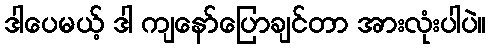
ဒါပေမယ့် ဒါ ကျနော်ပြောချင်တာ အားလုံးပါပဲ။